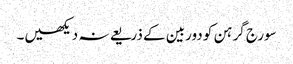
سورج گرہن کو دوربین کے ذریعے نہ دیکھیں۔